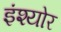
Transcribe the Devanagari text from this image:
इंश्योर